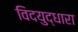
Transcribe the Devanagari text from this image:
विदयुद्धारा